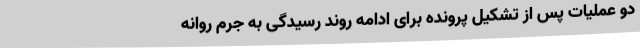
دو عملیات پس از تشکیل پرونده برای ادامه روند رسیدگی به جرم روانه